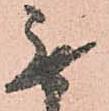
無